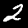
Digit: 2